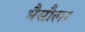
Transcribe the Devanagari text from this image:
भैसौला